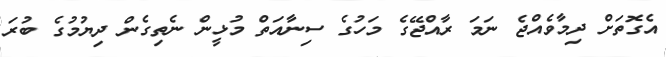
އެގޮތަށް ދިމާވެއްޖެ ނަމަ ރާއްޖޭގެ މަހުގެ ސިނާއަތް މުޅީން ނެތިގެން ދިޔުމުގެ ބުރަ